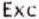
EXC